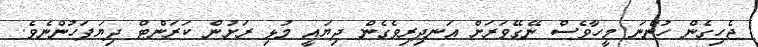
ޖެހިގެން ހުންނަ މީހާވެސް ނޭގޭވަރަށް އަނދިރިވެގެން ދިޔައީ މުޅި ރަށުން ކަރަންޓް ދިޔަފަހުންނެވެ.